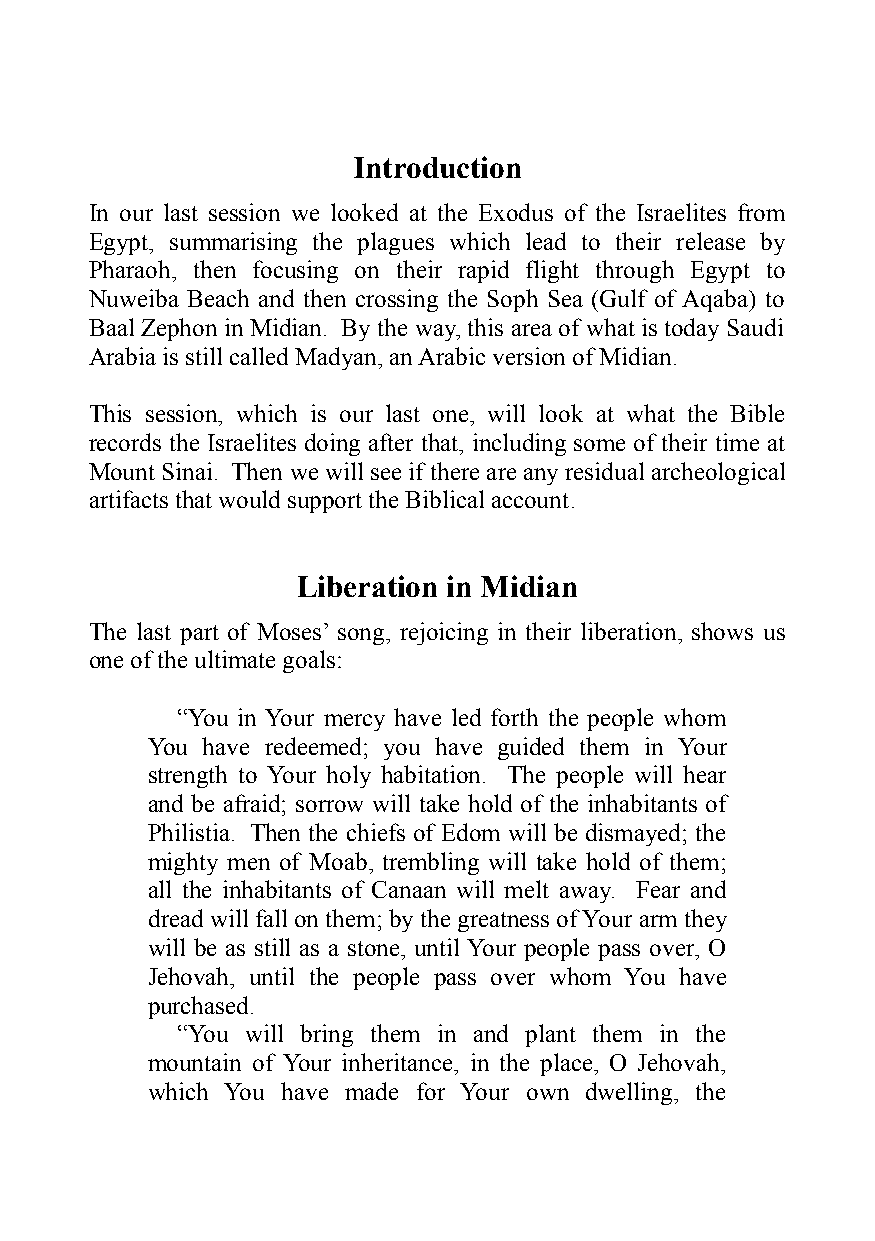
Introduction
 In our last session we looked at the Exodus of the Israelites from
 Egypt, summarising the plagues which lead to their release by
 Pharaoh, then focusing on their rapid flight through Egypt to
 Nuweiba Beach and then crossing the Soph Sea (Gulf of Aqaba) to
 Baal Zephon in Midian. By the way, this area of what is today Saudi
 Arabia is still called Madyan, an Arabic version of Midian.
 This session, which is our last one, will look at what the Bible
 records the Israelites doing after that, including some of their time at
 Mount Sinai. Then we will see if there are any residual archeological
 artifacts that would support the Biblical account.
 Liberation in Midian
 The last part of Moses’ song, rejoicing in their liberation, shows us
 one of the ultimate goals:
 “You in Your mercy have led forth the people whom
 You have redeemed; you have guided them in Your
 strength to Your holy habitation. The people will hear
 and be afraid; sorrow will take hold of the inhabitants of
 Philistia. Then the chiefs of Edom will be dismayed; the
 mighty men of Moab, trembling will take hold of them;
 all the inhabitants of Canaan will melt away. Fear and
 dread will fall on them; by the greatness of Your arm they
 will be as still as a stone, until Your people pass over, O
 Jehovah, until the people pass over whom You have
 purchased.
 “You will bring them in and plant them in the
 mountain of Your inheritance, in the place, O Jehovah,
 which You have made for Your own dwelling, the